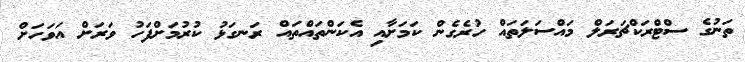
ތަނުގެ ސްޓްރަކްޗަރަލް މައްސަލަތައް ހުރެގެން ކަމަށާއި އެކަންތައްތައް ރަނގަޅު ކުރުމަށްފަހު ވަރަށް އަވަހަށް